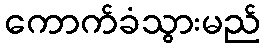
ကောက်ခံသွားမည်